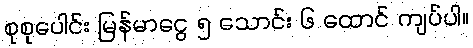
စုစုပေါင်း မြန်မာငွေ ၅ သောင်း ၆ ထောင် ကျပ်ပါ။